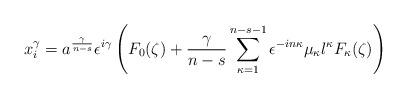
LaTeX: \begin{align*}x^{\gamma}_{i}=a^{\frac{\gamma}{n-s}}\epsilon^{i\gamma}\left(F_{0}(\zeta)+\frac{\gamma}{n-s}\sum_{\kappa=1}^{n-s-1} \epsilon^{-in\kappa}\mu_{\kappa} l^{\kappa}F_{\kappa}(\zeta)\right) \end{align*}